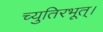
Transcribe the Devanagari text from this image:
च्युतिरभूत्।